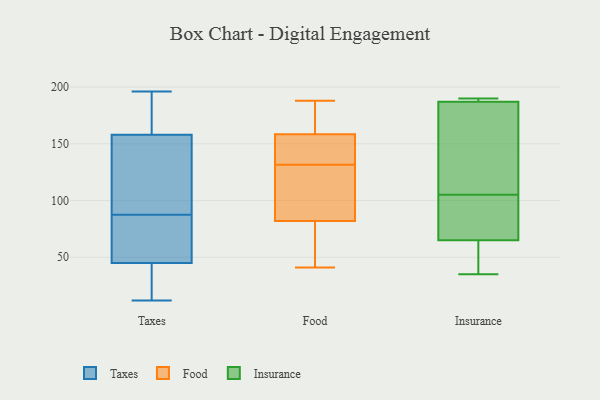
{"axis": {"x": "Market Share (%)", "y": "Value"}, "legend": ["Food", "Insurance", "Taxes"], "data": [{"x": "", "y": 45, "type": "Taxes"}, {"x": "", "y": 164, "type": "Taxes"}, {"x": "", "y": 84, "type": "Taxes"}, {"x": "", "y": 31, "type": "Taxes"}, {"x": "", "y": 12, "type": "Taxes"}, {"x": "", "y": 65, "type": "Taxes"}, {"x": "", "y": 93, "type": "Taxes"}, {"x": "", "y": 91, "type": "Taxes"}, {"x": "", "y": 158, "type": "Taxes"}, {"x": "", "y": 196, "type": "Taxes"}, {"x": "", "y": 115, "type": "Food"}, {"x": "", "y": 131, "type": "Food"}, {"x": "", "y": 162, "type": "Food"}, {"x": "", "y": 49, "type": "Food"}, {"x": "", "y": 132, "type": "Food"}, {"x": "", "y": 188, "type": "Food"}, {"x": "", "y": 89, "type": "Food"}, {"x": "", "y": 155, "type": "Food"}, {"x": "", "y": 75, "type": "Food"}, {"x": "", "y": 141, "type": "Food"}, {"x": "", "y": 162, "type": "Food"}, {"x": "", "y": 41, "type": "Food"}, {"x": "", "y": 36, "type": "Insurance"}, {"x": "", "y": 187, "type": "Insurance"}, {"x": "", "y": 98, "type": "Insurance"}, {"x": "", "y": 190, "type": "Insurance"}, {"x": "", "y": 157, "type": "Insurance"}, {"x": "", "y": 35, "type": "Insurance"}, {"x": "", "y": 71, "type": "Insurance"}, {"x": "", "y": 112, "type": "Insurance"}, {"x": "", "y": 188, "type": "Insurance"}, {"x": "", "y": 65, "type": "Insurance"}]}